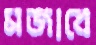
মজাবে